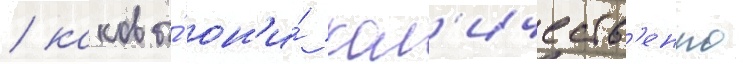
/ каковы́ он'и́ кол'ичеств'енно